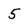
Character: 5